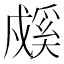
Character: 𰒳